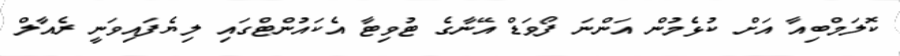
ކޮލަމްބިއާ އަށް ކުޅެމުން އަންނަ ފޯވަޑް އޭނާގެ ޓުވިޓާ އެކައުންޓްގައި ލިޔެފައިވަނީ ރެއާލް